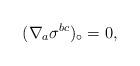
LaTeX: \begin{align*}(\nabla_a\sigma^{bc})_\circ=0,\end{align*}